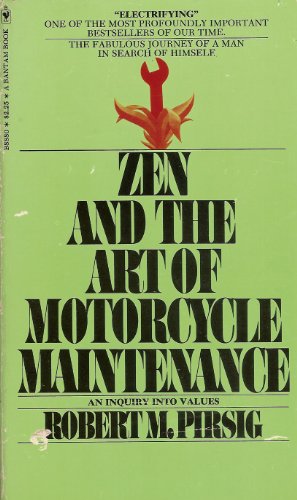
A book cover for Zen and the Art of Motorcycle Maintenance; Robert M. Pirsig; Religion & Spirituality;